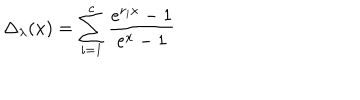
\Delta _ { \lambda } ( x ) = \sum _ { i = 1 } ^ { c } \frac { e ^ { r _ { i } x } - 1 } { e ^ { x } - 1 }